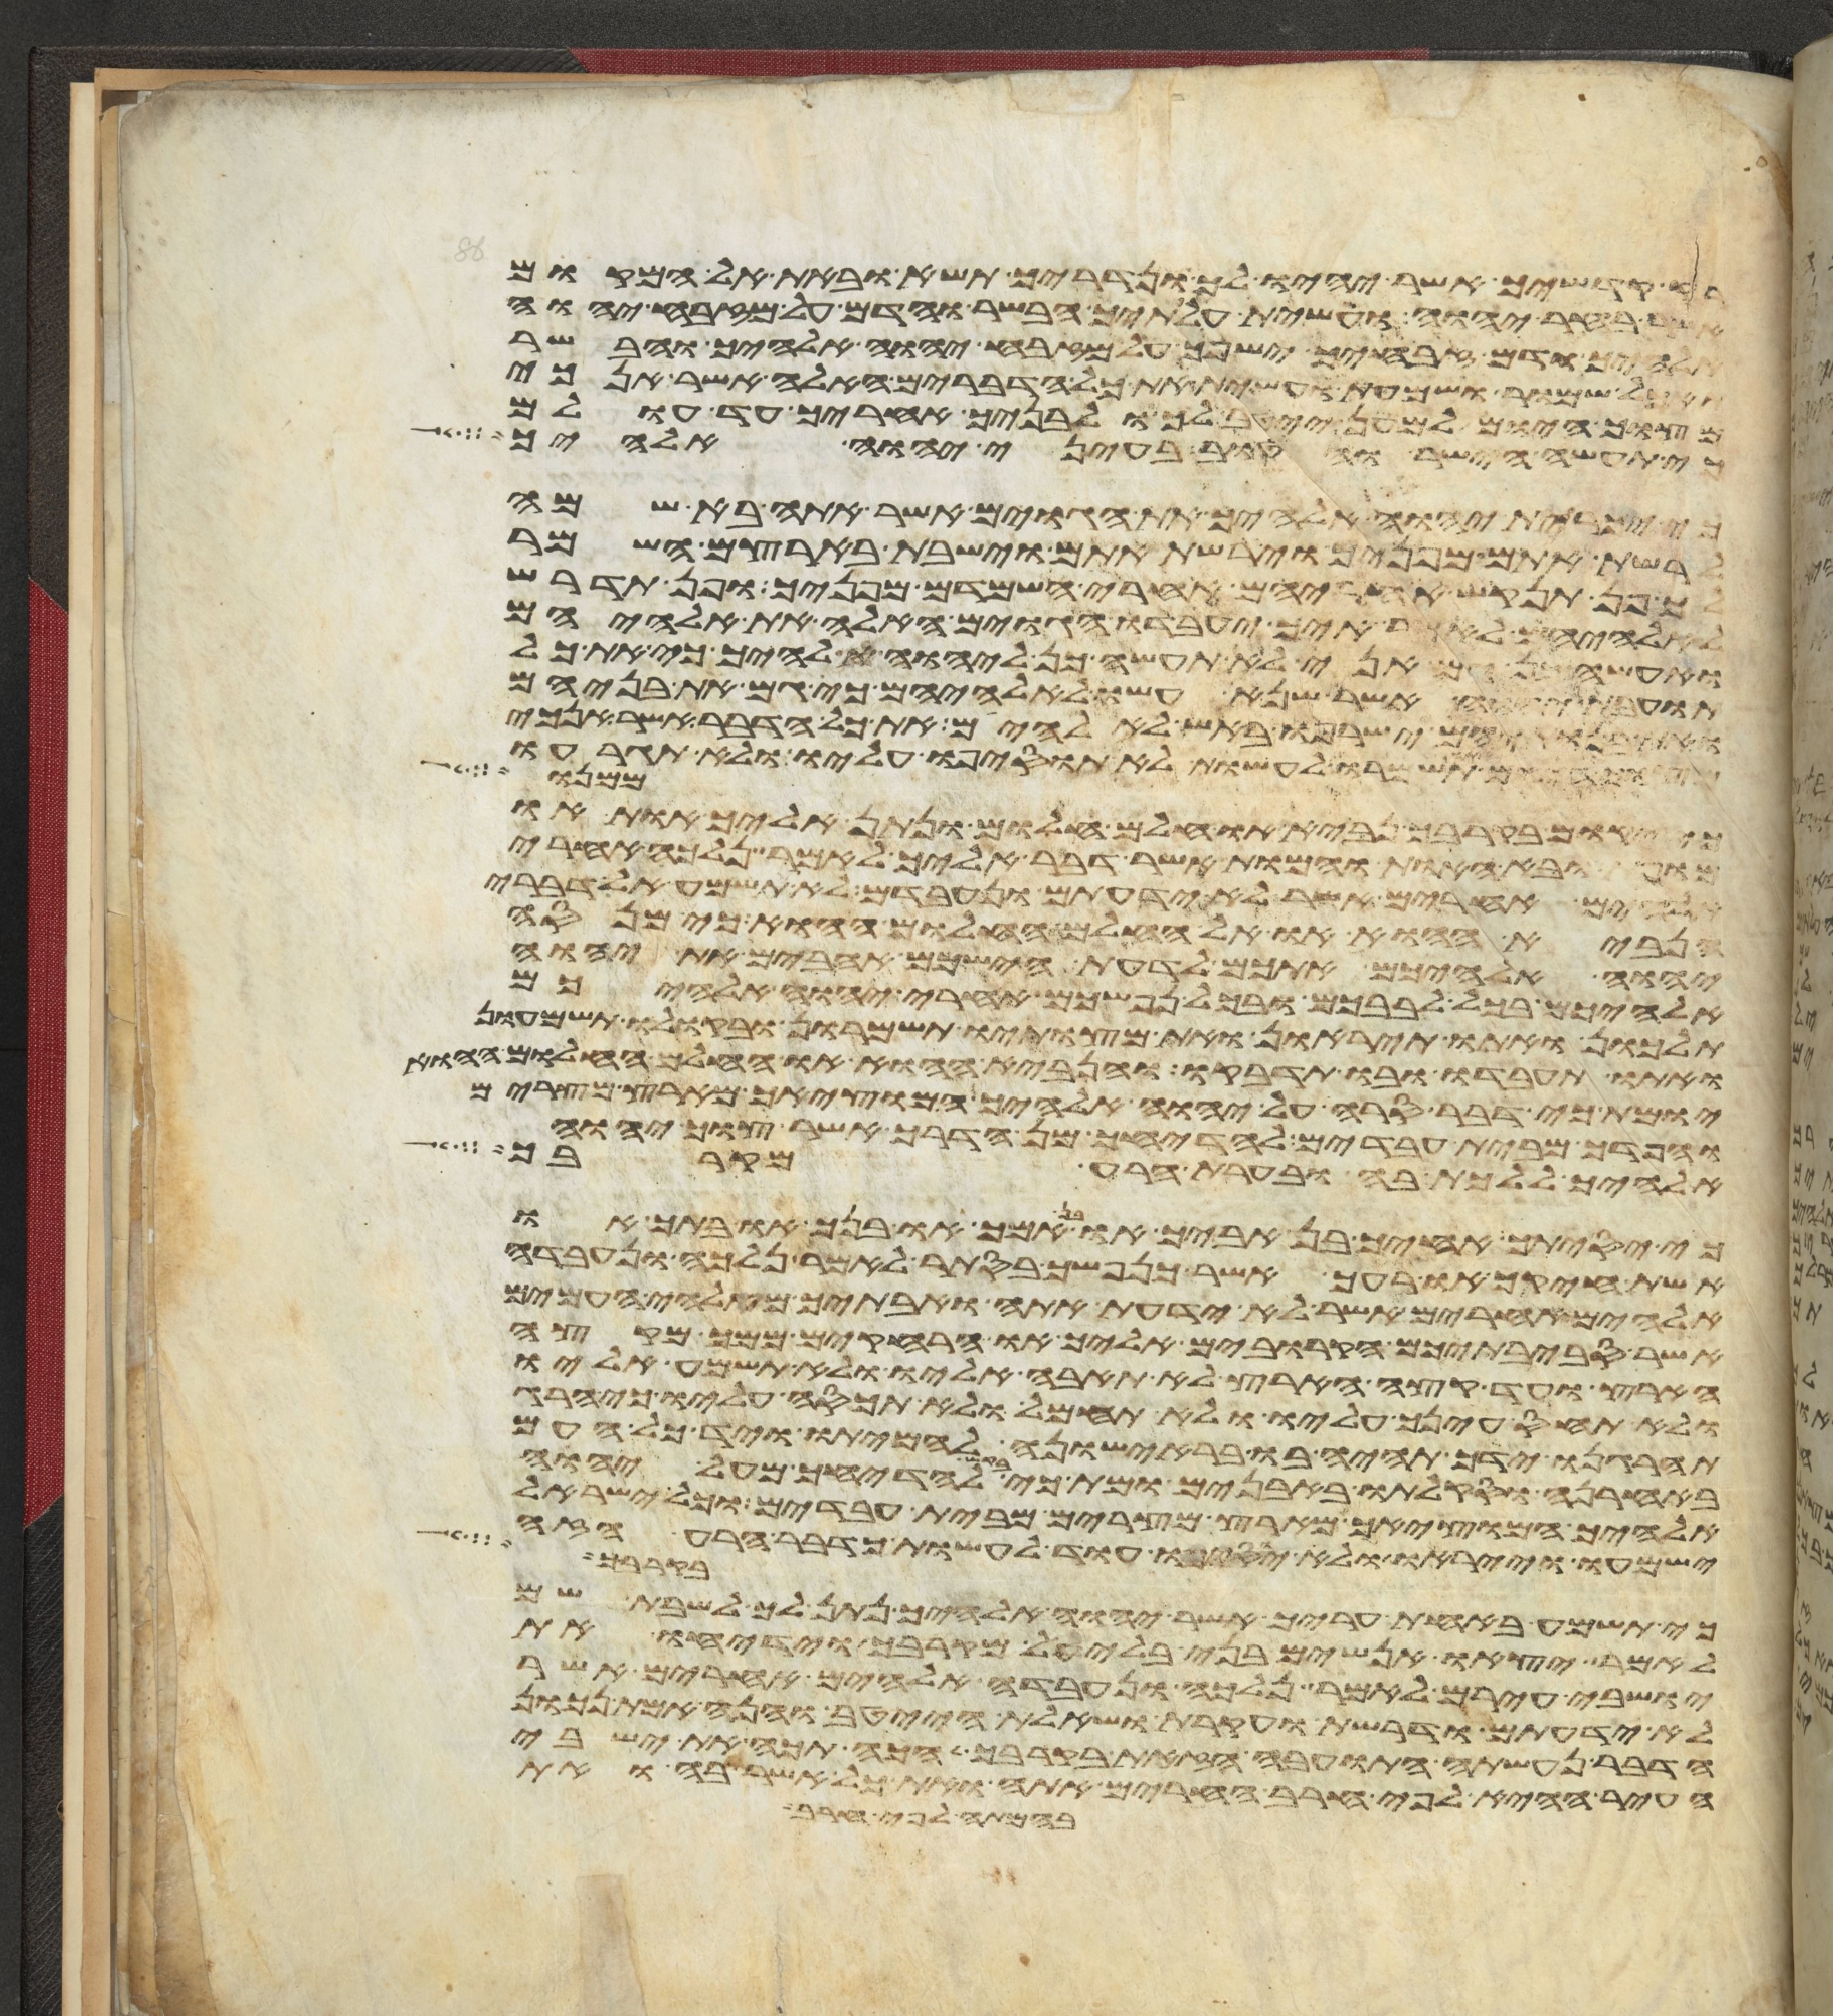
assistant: קדשיך אשר יהיו לך ונדריך תשא ובאת אל המקום
אשר בחר יהוה ועשית עלתיך הבשר והדם על מזבח יהוה
אלהיך ודם זבחיך ישפך על מזבח יהוה אלהיך והבשר
תאכל שמור ושמעת ועשית את כל הדברים האלה אשר אנכי
מצוך היום למען ייטב לך ולבניך אחריך עד עולם
כי תעשה הישר והטוב בעיני יהוה אלהיך
כי יכרית יהוה אלהיך את הגוים אשר אתה בא שם
לרשת אתם מפניך וירשת אתם וישבת בארצם השמר
לך פן תנקש אחריהם אחרי השמידם מפניך ופן תדרש
לאלהיהם לאמר איך יעבדו הגוים האלה את אלהיהם
ואעשה כן גם אני לא תעשה כן ליהוה אלהיך כי את כל
תועבת יהוה אשר שנא עשו לאלהיהם כי גם את בניהם
ואת בנתיהם ישרפו באש לאלהיהם את כל הדבר אשר אנכי
אתו תשמרו לעשות לא תוסיפו עליו ולא תגרעו
ממנו
כי יקום בקרבך נביא או חלם חלום ונתן אליך אות או
מופת ובא האות והמופת אשר דבר אליך לאמר נלכה אחרי
אלהים אחרים אשר לא ידעתם ונעבדם לא תשמע אל דברי
הנביא ההוא או אל החלם החלום ההוא כי מנסה
יהוה אלהיכם אתכם לדעת הישכם אהבים את יהוה
אלהיכם בכל לבבכם ובכל נפשכם אחרי יהוה אלהיכם
תלכון ואתו תיראון ואת מצותיו תשמרון ובקולו תשמעון
ואתו תעבדו ובו תדבקו והנביא ההוא או החלם החלום ההוא
יומת כי דבר סרה על יהוה אלהיך המוציאך מארץ מצרים
והפדך מבית עבדים להדיחך מן הדרך אשר צוך יהוה
אלהיך ללכת בה ובערת הרע מקרבך
כי יסיתך אחיך בן אביך או בן אמך או בנך או בתך או
אשת חיקך או רעך אשר כנפשך בסתר לאמר נלכה ונעבדה
אלהים אחרים אשר לא ידעת אתה ואבתיך מאלהי העמים
אשר סביבתיכם הקרובים אליך או הרחוקים ממך מקצה
הארץ ועד קצה הארץ לא תאבה אליו ולא תשמע אליו
ולא תחוס עינך עליו ולא תחמל ולא תכסה עליו כי הרג
תהרגנו ידך תהיה בו בראישונה להמיתו ויד כל העם
באחרנה וסקלתו באבנים ומת כי בקש להדיחך מעל יהוה
אלהיך המוציאך מארץ מצרים מבית עבדים וכל ישראל
ישמעו וייראו ולא יוסיפו עוד לעשות כדבר הרע הזה
בקרבך
כי תשמע באחת עריך אשר יהוה אלהיך נתן לך לשבת שם
לאמר יצאו אנשים בני בלעיל מקרבך וידיחו את
ישבי עירם לאמר נלכה ונעבדה אלהים אחרים אשר
לא ידעתם ודרשת וחקרת ושאלת הייטב והנה אמת נכון
הדבר נעשתה התועבה הזאת בקרבך הכה תכה את ישבי
העיר ההיא לפי חרב החרים אתה ואת כל אשר בה ואת
בהמתה לפי חרב